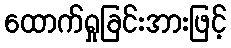
ထောက်ရှုခြင်းအားဖြင့်